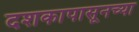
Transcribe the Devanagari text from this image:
दशकापासूनच्या